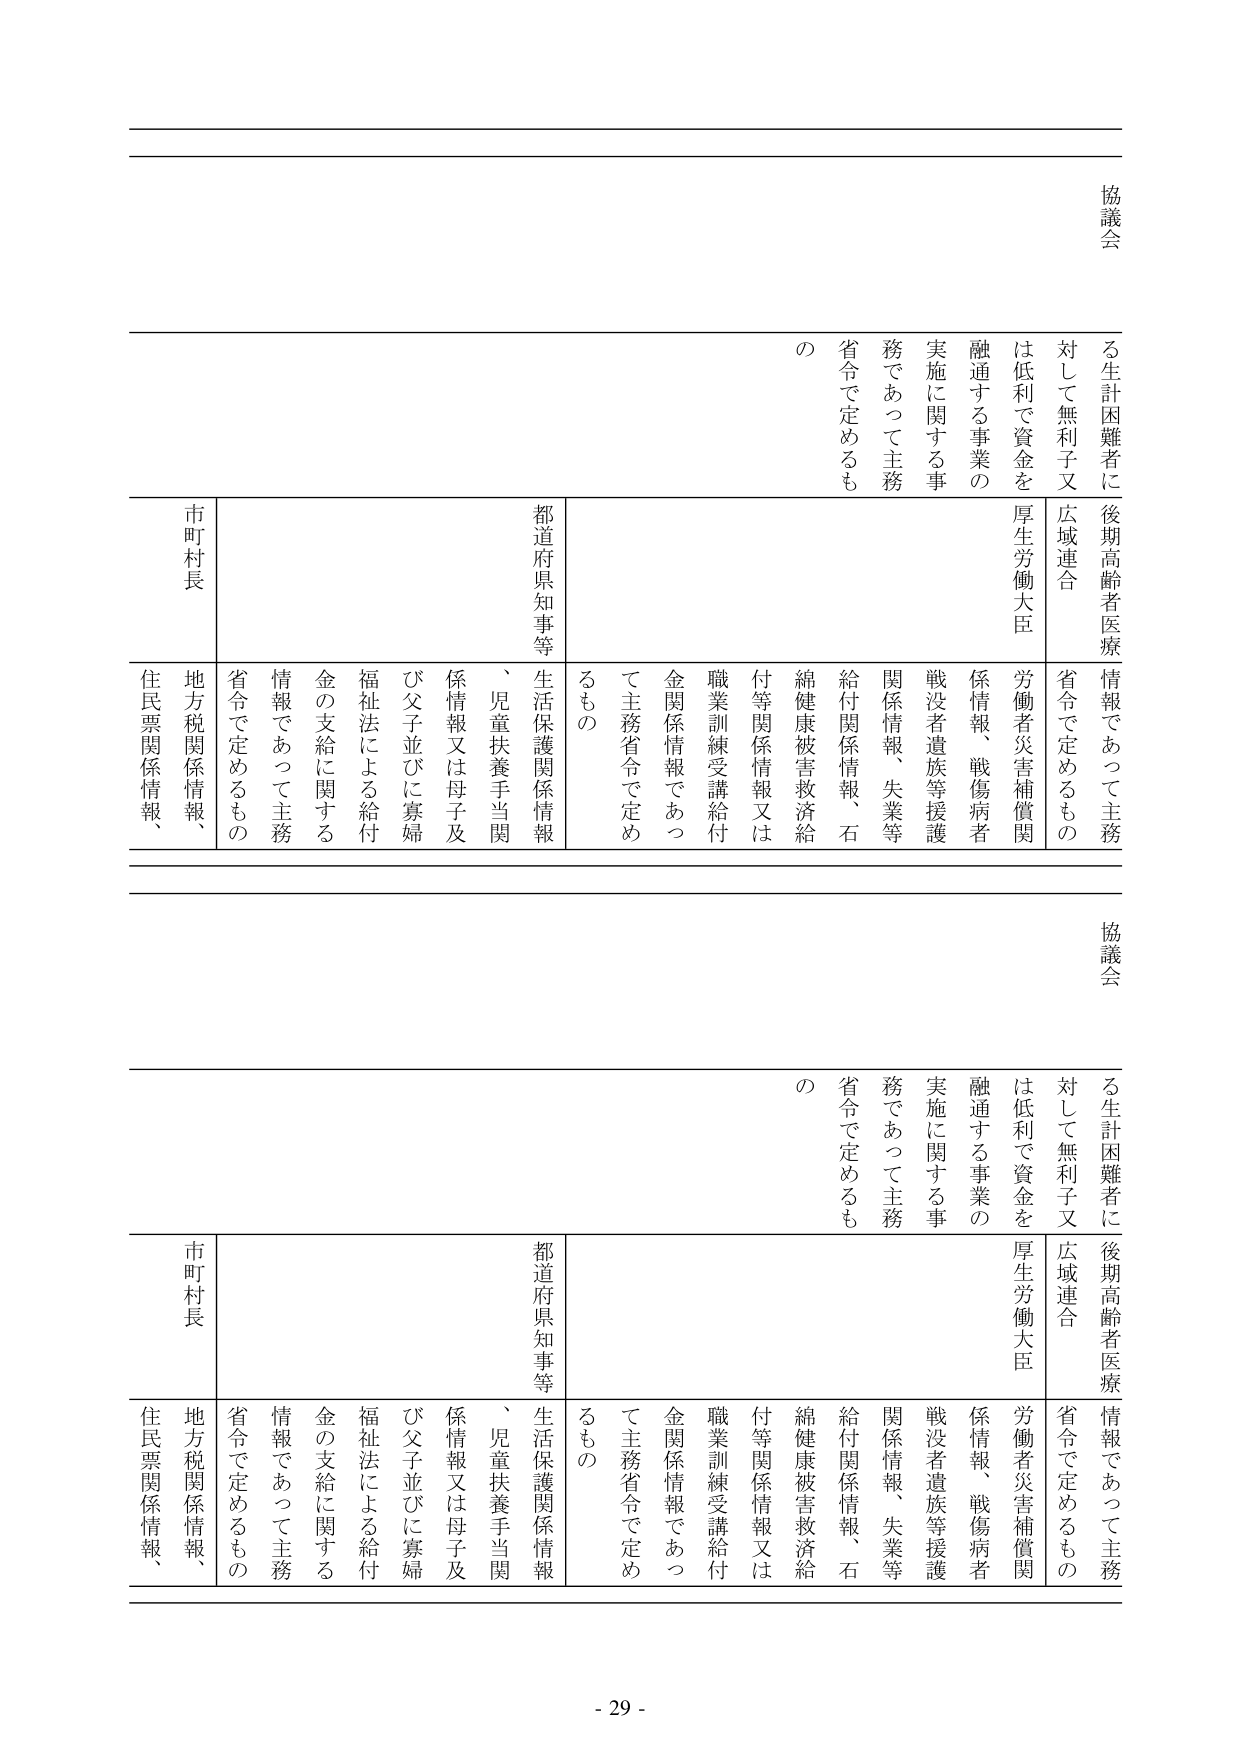
協議会
る生計困難者に後期高齢者医療情報であって主務
対して無利子又広域連合省令で定めるもの
は低利で資金を厚生労働大臣
融通する事業の
実施に関する事務であって主務省令で定めるもの
労働者災害補償関係情報、戦傷病者
戦没者遺族等援護関係情報、失業等
給付関係情報、石綿健康被害救済給付等関係情報又は
職業訓練受講給付金関係情報であって主務省令で定めるもの
都道府県知事等
生活保護関係情報、児童扶養手当関係情報又は母子及び父子並びに寡婦福祉法による給付金の支給に関する情報であって主務省令で定めるもの
市町村長
地方税関係情報、住民票関係情報、

協議会
る生計困難者に後期高齢者医療情報であって主務
対して無利子又広域連合省令で定めるもの
は低利で資金を厚生労働大臣
融通する事業の
実施に関する事務であって主務省令で定めるもの
労働者災害補償関係情報、戦傷病者
戦没者遺族等援護関係情報、失業等
給付関係情報、石綿健康被害救済給付等関係情報又は
職業訓練受講給付金関係情報であって主務省令で定めるもの
都道府県知事等
生活保護関係情報、児童扶養手当関係情報又は母子及び父子並びに寡婦福祉法による給付金の支給に関する情報であって主務省令で定めるもの
市町村長
地方税関係情報、住民票関係情報、

- 29 -